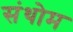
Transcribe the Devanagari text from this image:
संथोम